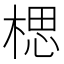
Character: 楒